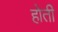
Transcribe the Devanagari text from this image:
होती